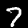
Label: 7